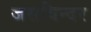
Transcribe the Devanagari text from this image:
जसविन्दर